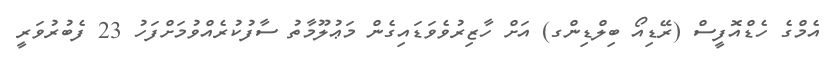
އެމްގެ ހެޑްއޮފީސް (ރޭޑިއޯ ބިލްޑިންގ) އަށް ހާޒިރުވެވަޑައިގެން މަޢުލޫމާތު ސާފުކުރެއްވުމަށްފަހު 23 ފެބުރުވަރީ